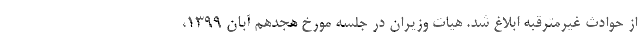
از حوادث غیرمترقبه ابلاغ شد. هیات وزیران در جلسه مورخ هجدهم آبان ۱۳۹۹،